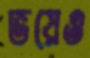
ভয়েও